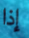
إذا